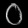
Digit: ၀